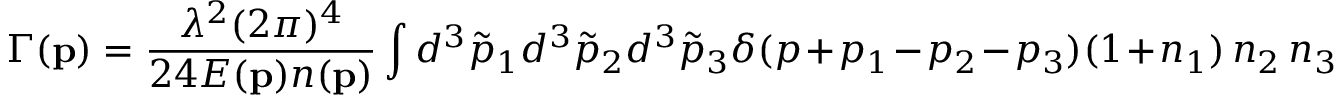
\Gamma ( { \bf p } ) = \frac { \lambda ^ { 2 } ( 2 \pi ) ^ { 4 } } { 2 4 E ( { \bf p } ) n ( { \bf p } ) } \int d ^ { 3 } { \tilde { p } } _ { 1 } d ^ { 3 } { \tilde { p } } _ { 2 } d ^ { 3 } { \tilde { p } } _ { 3 } \delta ( p + p _ { 1 } - p _ { 2 } - p _ { 3 } ) ( 1 + n _ { 1 } ) \, n _ { 2 } \, n _ { 3 }